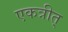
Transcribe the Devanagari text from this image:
एकत्रीत्